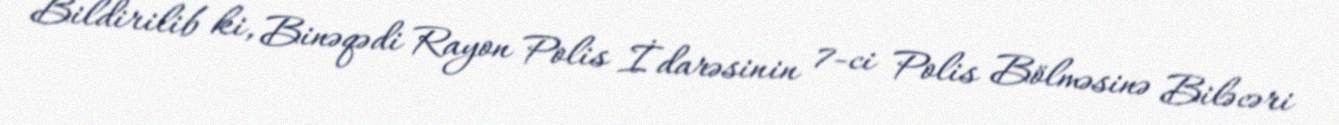
Bildirilib ki, Binəqədi Rayon Polis İdarəsinin 7-ci Polis Bölməsinə Biləcəri